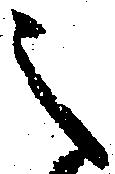
之